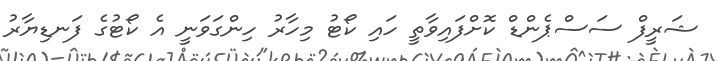
ޝަރީފް ސަސްޕެންޑް ކޮށްފައިވާތީ ހައި ކޯޓު މިހާރު ހިންގަވަނީ އެ ކޯޓުގެ ފަނޑިޔާރު